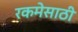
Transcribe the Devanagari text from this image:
रकमेसाठी